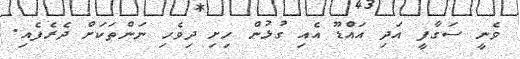
ވެނީ ސަގާފީ އަދި އައްޑޫ އެއި ގުޅުން ހިށި ދިވެހި ނަންތަކަށް ދެރެފެއި.